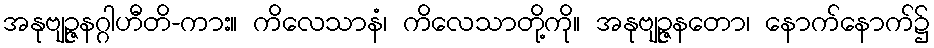
အနုဗျဉ္ဇနဂ္ဂါဟီတိ-ကား။ ကိလေသာနံ၊ ကိလေသာတို့ကို။ အနုဗျဉ္ဇနတော၊ နောက်နောက်၌